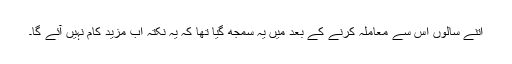
اتنے سالوں اس سے معاملہ کرنے کے بعد میں یہ سمجھ گیا تھا کہ یہ نکتہ اب مزید کام نہیں آئے گا۔